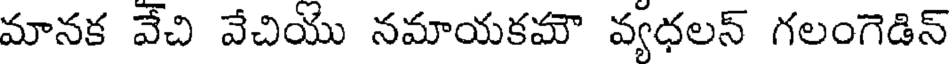
మానక వేచి వేచియు నమాయకమౌ వ్యధలన్ గలంగెడిన్